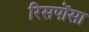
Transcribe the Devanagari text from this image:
रिसपोंसा